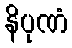
နိပုဏံ